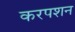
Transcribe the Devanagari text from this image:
करपशन